system: You are a helpful assistant.
user:
Analyze the provided spectrum to determine if it is a **S-type Star**.

- **Key Indicators for S-type Star:**

    - **(Overall Spectrum Shape):** The first and most obvious characteristic is the overall continuum (the "baseline" shape). It is **extremely "red-sloping,"** meaning the flux (light intensity) is very low on the left side (blue, ~4000-4500 Å) and rises steeply and continuously toward the right side (red, ~7000 Å+).

    - **(Primary):** The spectrum is defined by the presence of strong, broad molecular absorption "valleys" (bands) from **Zirconium Oxide (ZrO)**. The identification of these bands is the **primary requirement** for classifying a star as S-type.
        - **(Key Bandheads):** You must find distinct, deep "dips" where the light has been absorbed. The most critical band systems to locate are:
            - **~6474 Å** ($\gamma$-system): This is often the strongest and clearest ZrO feature, found in the red part of the spectrum.
            - **~5718 Å** & **~5551 Å** ($\beta$-system): A pair of prominent absorption features in the yellow-orange part of the spectrum.
            - **~4640 Å** ($\alpha$-system): A key absorption band system in the blue-green region of the spectrum.

    - **(Secondary Confirmation):** The classification is strengthened by finding additional absorption bands from other related heavy element oxides, which are expected to be present alongside ZrO.
        - **(Key Bandheads):**
            - **Yttrium Oxide (YO):** Look for absorption dips near **~4800 Å** and **~6100 Å**.
            - **Lanthanum Oxide (LaO):** Additional absorption features, particularly in the red-orange part of the spectrum, are also characteristic.

    - **(Line Profile):** The combination of the steep red continuum and these numerous, deep molecular bands (ZrO, YO, etc.) gives the entire spectrum a very **"chopped-up"** or **"bumpy"** appearance. Instead of a smooth curve, the spectrum looks as though large, wide chunks of light have been "carved out" of it at the specific wavelengths listed above.

Think first, call **spectral_visualization_tool** if needed to examine features in detail, then provide your final answer. Your response must adhere to the following strict rules:
1.  **Overall Structure:** Your response must follow the format `<think>...</think> <tool_call>...</tool_call> (if a tool is used) <answer>...</answer>`.
2.  **Tool Usage Constraint:** You may only make **one** tool call per turn.
3.  **Final Answer Format:** In the `<answer>` tag, your conclusion must be inside a `\boxed{}` command (e.g., `\boxed{YES}` or `\boxed{NO}`), followed by your justification.

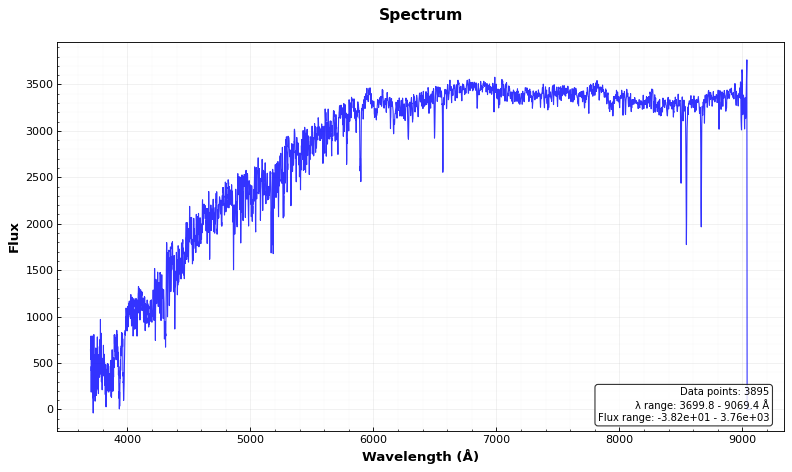
Answer: NO